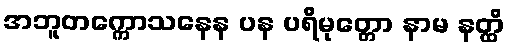
အဘူတက္ကောသနေန ပန ပရိမုတ္တော နာမ နတ္ထိ